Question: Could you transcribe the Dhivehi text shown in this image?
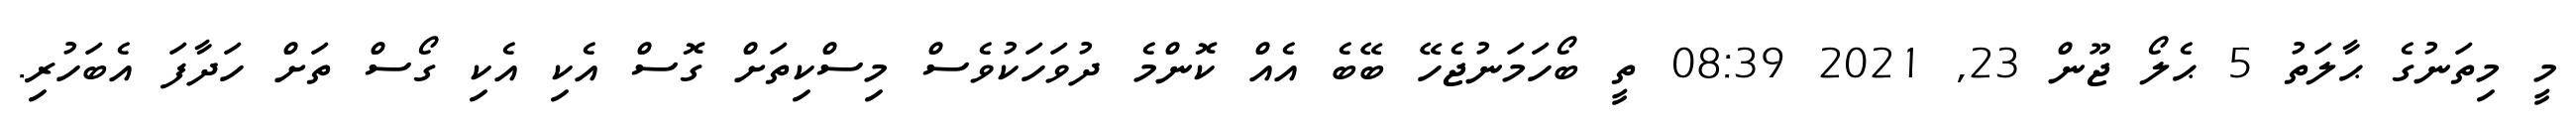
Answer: މީ މިތަނުގެ ޙާލަތު 5 ޙެލޯ ޖޫން 23, 2021 08:39 ތީ ބޯހަމަނުޖެހޭ ބޭބެ އެއް ކޮންމެ ދުވަހަކުވެސް މިސްކިތަށް ގޮސް އެކި އެކި ގޯސް ތަށް ހަދާފަ އެބަހުރި.